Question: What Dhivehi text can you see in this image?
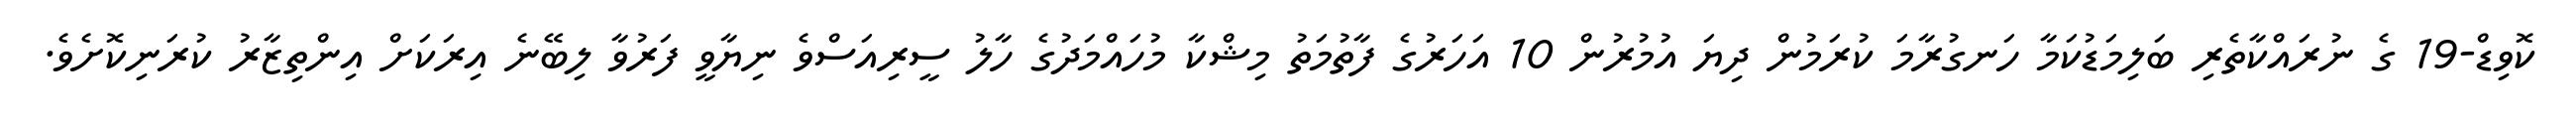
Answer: ކޮވިޑް-19 ގެ ނުރައްކާތެރި ބަލިމަޑުކަމާ ހަނގުރާމަ ކުރަމުން ދިޔަ އުމުރުން 10 އަހަރުގެ ފާތުމަތު މިޝްކާ މުހައްމަދުގެ ހާލު ސީރިއަސްވެ ނިޔާވީ ފަރުވާ ލިބޭނެ އިރަކަށް އިންތިޒާރު ކުރަނިކޮށެވެ.